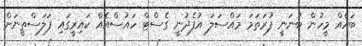
ބައެއް މީހުން ބުނަނީ ފުރަތަމަ މައްސަލަ އުފެދުނީ ގެސްޓް ހައުސްއެއް ކައިރީގައި ފަލަސްތީނަށް